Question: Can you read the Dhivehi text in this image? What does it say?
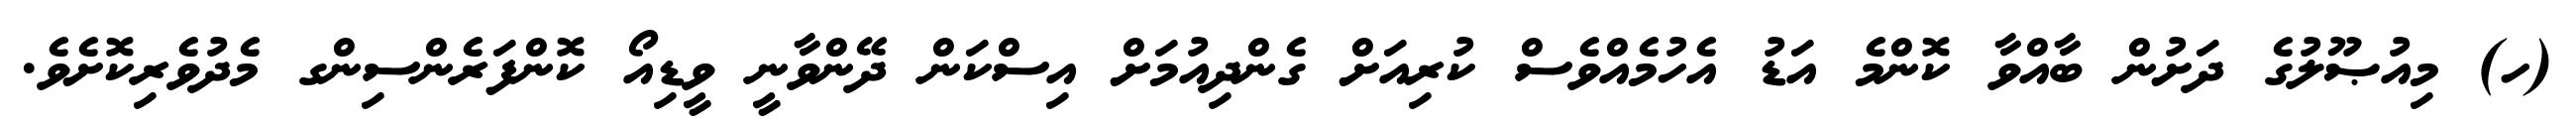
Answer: (ހ) މިއުޞޫލުގެ ދަށުން ބާއްވާ ކޮންމެ އަޑު އެހުމެއްވެސް ކުރިއަށް ގެންދިއުމަށް އިސްކަން ދޭންވާނީ ވީޑިއޯ ކޮންފަރެންސިންގ މެދުވެރިކޮށެވެ.